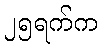
၂၅ရက်က